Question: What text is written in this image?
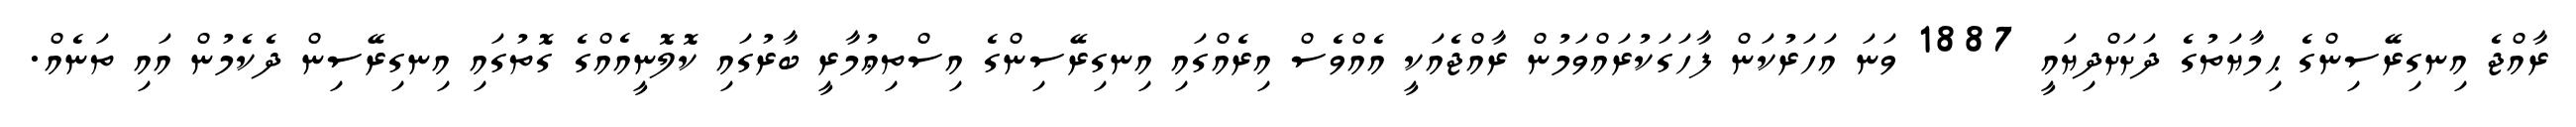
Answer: ރާއްޖެ އިނގިރޭސިންގެ ޙިމާޔަތުގެ ދަށަށްދިޔައީ 1887 ވަނަ އަހަރުކަން ފާހަގަކުރައްވަމުން ރާއްޖެއަކީ އެއްވެސް އިރެއްގައި އިނގިރޭސިންގެ އިސްތިޢުމާރީ ބާރުގައި ކޮލޮނީއެއްގެ ގޮތުގައި އިނގިރޭސިން ދެކެމުން އައި ތަނެއް.